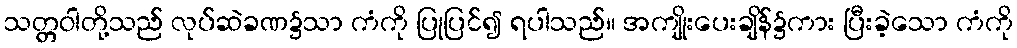
သတ္တဝါတို့သည် လုပ်ဆဲခဏ၌သာ ကံကို ပြုပြင်၍ ရပါသည်။ အကျိုးပေးချိန်၌ကား ပြီးခဲ့သော ကံကို